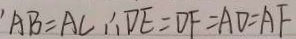
A B = A C \therefore D E = D F = A D = A F